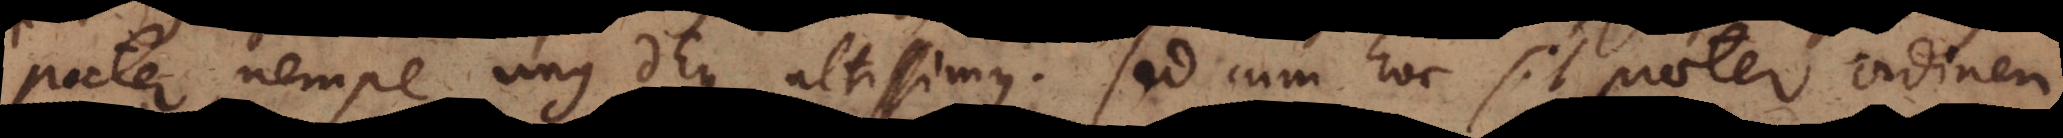
pater, nempe unus Deus altissimus. Sed cum hoc sit praeter ordinem